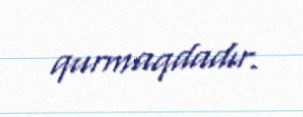
qurmaqdadır.